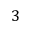
3